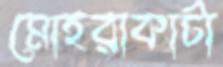
মোহরাকাটা